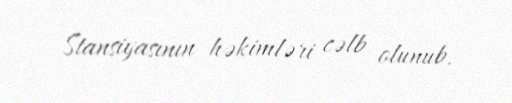
Stansiyasının həkimləri cəlb olunub.